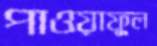
পাওয়াফুল